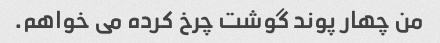
من چهار پوند گوشت چرخ کرده می خواهم.